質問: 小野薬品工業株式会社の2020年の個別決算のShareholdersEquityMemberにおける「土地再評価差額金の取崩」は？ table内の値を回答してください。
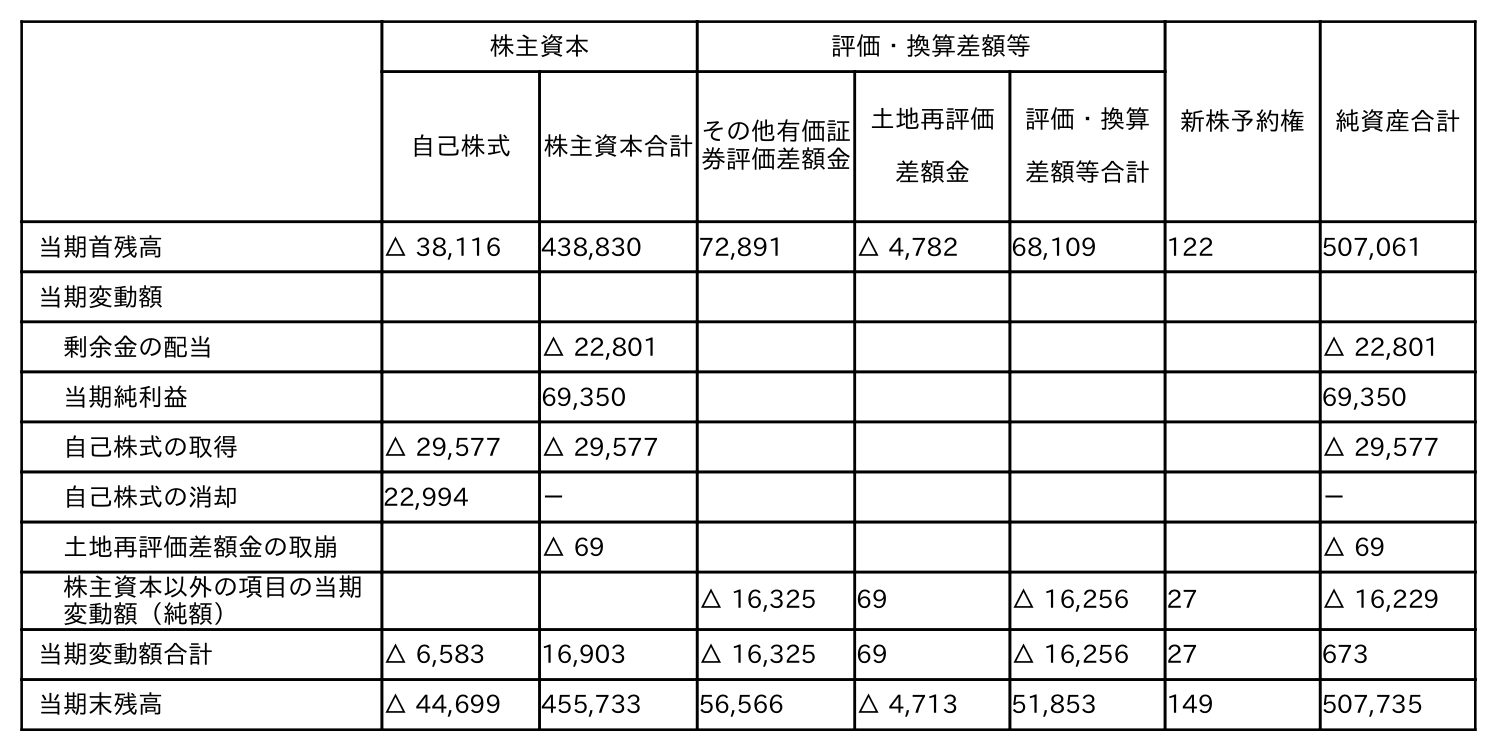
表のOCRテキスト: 株主資本 評価・換算差額等 新株予約権 純資産合計 自己株式 株主資本合計その他有価証 券評価差額金 土地再評価 差額金 評価・換算 差額等合計 当期首残高 △ 38,116 438,830 72,891 △ 4,782 68,109 122 507,061 当期変動額 剰余金の配当 △ 22,801 △ 22,801 当期純利益 69,350 69,350 自己株式の取得 △ 29,577 △ 29,577 △ 29,577 自己株式の消却 22,994 － － 土地再評価差額金の取崩 △ 69 △ 69 株主資本以外の項目の当期 変動額（純額） △ 16,325 69 △ 16,256 27 △ 16,229 当期変動額合計 △ 6,583 16,903 △ 16,325 69 △ 16,256 27 673 当期末残高 △ 44,699 455,733 56,566 △ 4,713 51,853 149 507,735
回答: △69